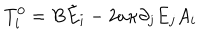
LaTeX: T _ { i } ^ { 0 } = B \tilde { E } _ { i } - 2 a \kappa \partial _ { j } E _ { j } A _ { i }